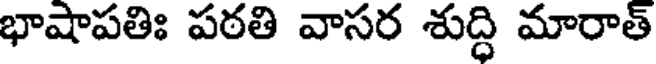
భాషాపతిః పఠతి వాసర శుద్ధి మారాత్